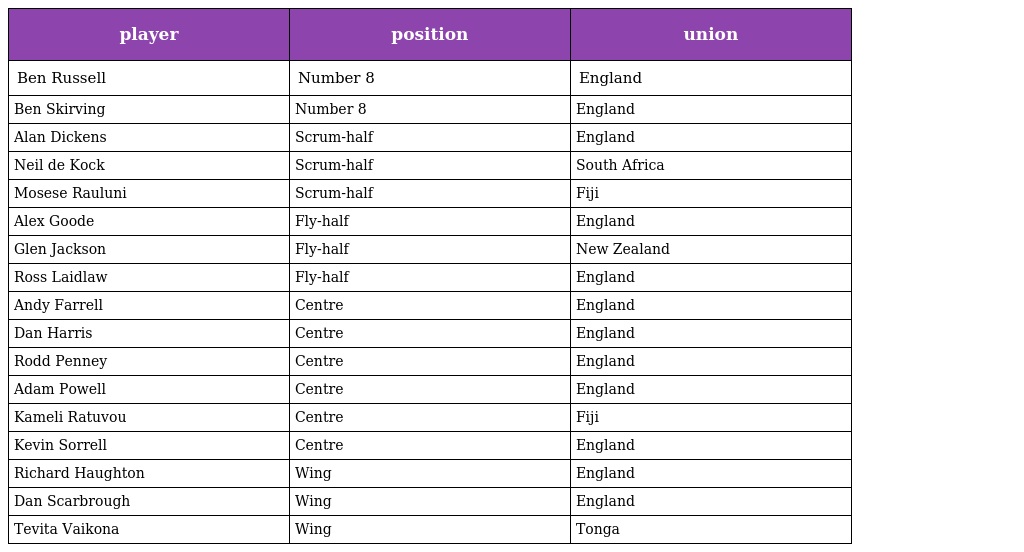
| player | position | union |
 | --- | --- | --- |
 | Ben Russell | Number 8 | England |
 | Ben Skirving | Number 8 | England |
 | Alan Dickens | Scrum-half | England |
 | Neil de Kock | Scrum-half | South Africa |
 | Mosese Rauluni | Scrum-half | Fiji |
 | Alex Goode | Fly-half | England |
 | Glen Jackson | Fly-half | New Zealand |
 | Ross Laidlaw | Fly-half | England |
 | Andy Farrell | Centre | England |
 | Dan Harris | Centre | England |
 | Rodd Penney | Centre | England |
 | Adam Powell | Centre | England |
 | Kameli Ratuvou | Centre | Fiji |
 | Kevin Sorrell | Centre | England |
 | Richard Haughton | Wing | England |
 | Dan Scarbrough | Wing | England |
 | Tevita Vaikona | Wing | Tonga |